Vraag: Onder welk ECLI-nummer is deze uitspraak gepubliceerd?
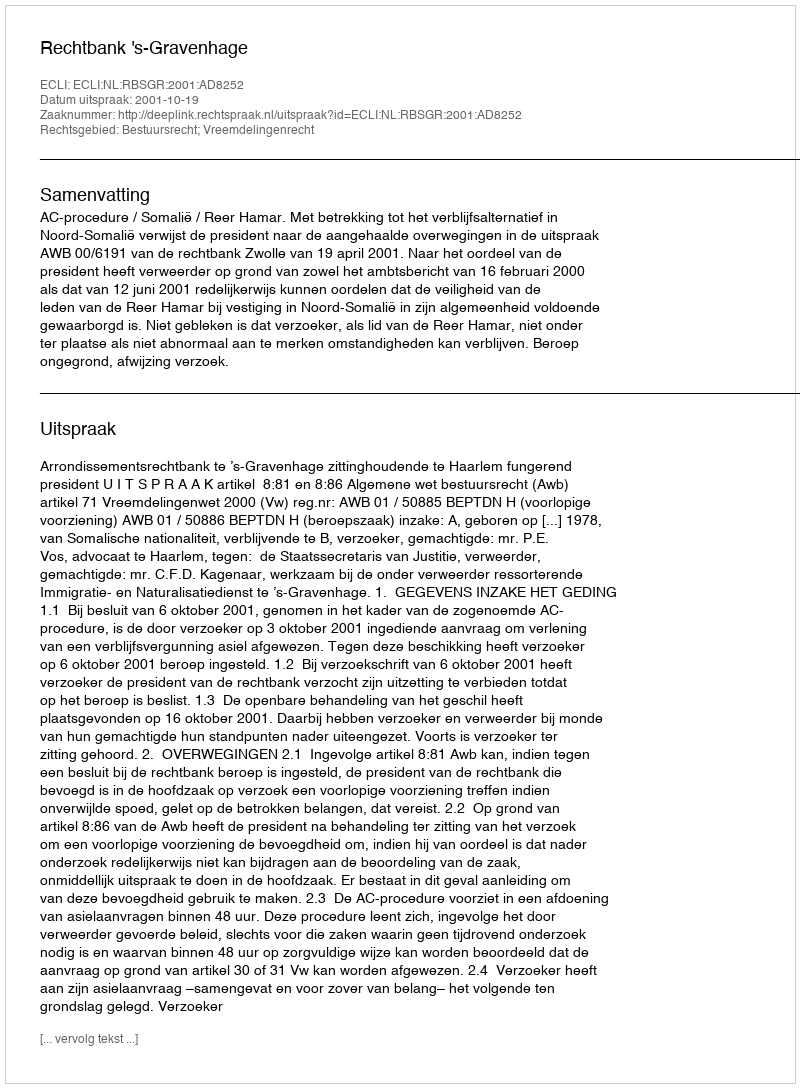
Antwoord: ECLI:NL:RBSGR:2001:AD8252